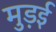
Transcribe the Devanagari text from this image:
मुड़ई